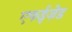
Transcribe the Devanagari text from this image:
एफईज़ेड